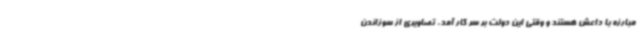
مبارزه با داعش هستند و وقتی این دولت بر سر کار آمد، تصاویری از سوزاندن